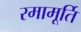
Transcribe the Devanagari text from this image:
रमामूर्ति